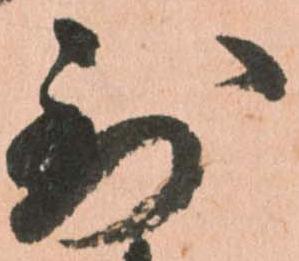
到